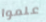
علموا